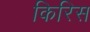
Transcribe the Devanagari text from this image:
किरिस